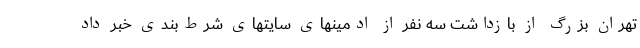
تهران بزرگ از بازداشت سه نفر از ادمینهای سایتهای شرط‌بندی خبر داد